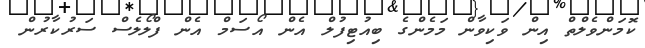
ކޮމަންވެލްތް އިން ވަކިވާން މަމެންގެ ބިއުޓިފުލް އެން އޯސަމް އެން ފްލޯލެސް ސަރުކާރުން